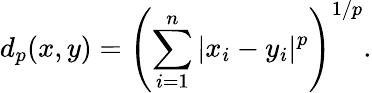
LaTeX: d_{p}(x,y)=\left(\sum_{i=1}^{n}|x_{i}-y_{i}|^{p}\right)^{1/p}.